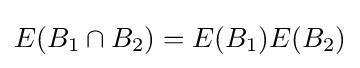
E(B_{1}\cap B_{2})=E(B_{1})E(B_{2})